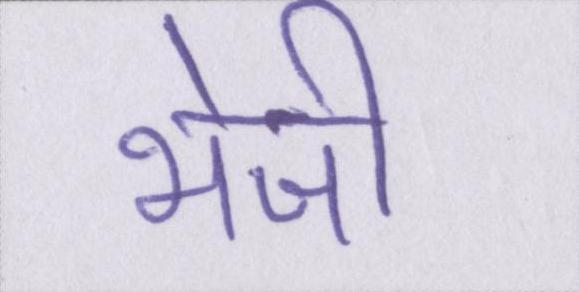
भेजी